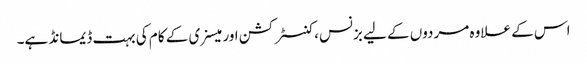
اس کے علاوہ مردوں کے لیے بزنس، کنسٹرکشن اور میسنری کے کام کی بہت ڈیمانڈ ہے۔